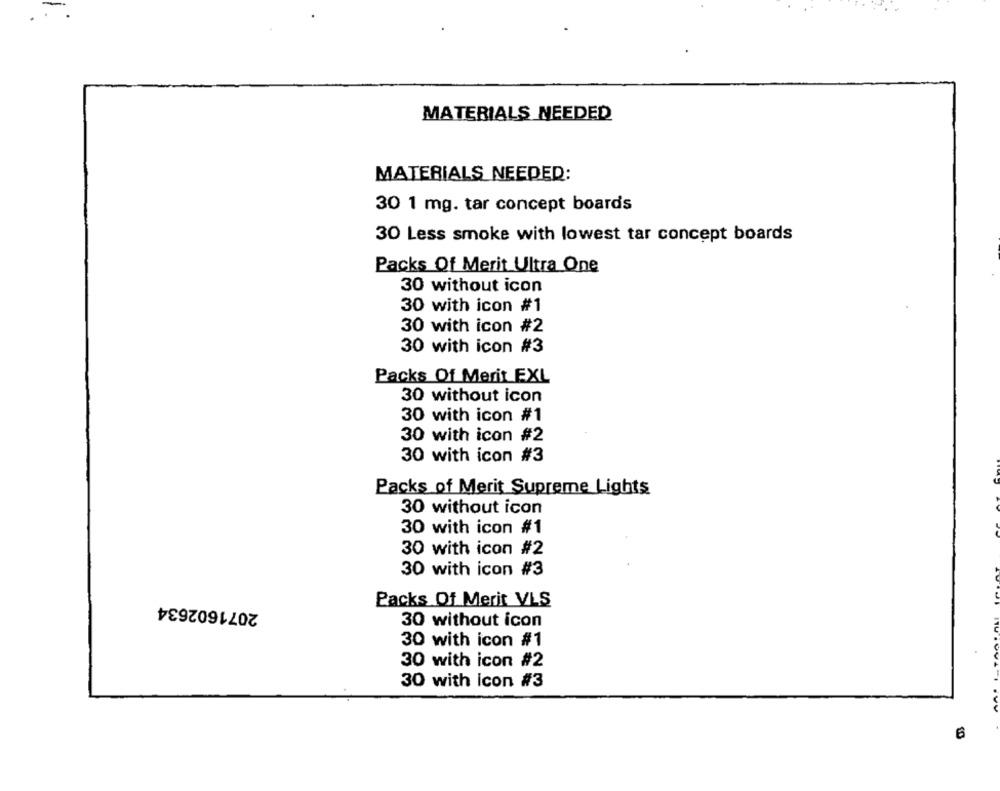
MATERIALS NEEDED
MATERIALS NEEDED:
30 1 mg. tar concept boards
30 Less smoke with lowest tar concept boards
Packs Of Merit Ultra One
30 without icon
30 with icon #1
30 with icon #2
30 with icon #3
Packs Of Merit EXL
30 without icon
30 with icon #1
30 with icon #2
30 with icon #3
Packs of Merit Supreme Lights
30 without icon
30 with icon #1
30 with icon #2
30 with icon #3
2071602634
Packs Of Merit VLS
30 without icon
30 with icon #1
30 with icon #2
30 with icon #3
6